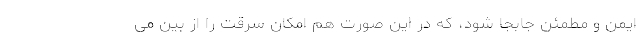
ایمن و مطمئن جابجا شود، که در این صورت هم امکان سرقت را از بین می